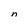
Character: n